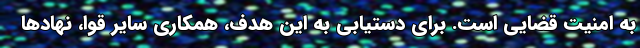
به امنیت قضایی است. برای دستیابی به این هدف، همکاری سایر قوا، نهادها